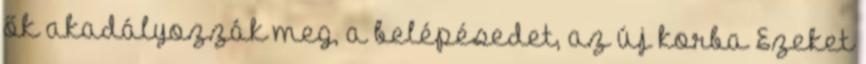
ők akadályozzák meg, a belépésedet, az új korba Ezeket